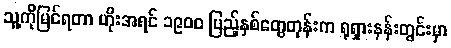
သူ့ကိုမြင်ရတာ ဟိုးအရင် ၁၉၀၀ ပြည့်နှစ်တွေတုန်းက ရုရှားနန်းတွင်းမှာ